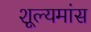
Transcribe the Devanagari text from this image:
शूल्यमांस